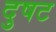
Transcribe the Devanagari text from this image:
दुषट